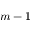
m - 1